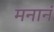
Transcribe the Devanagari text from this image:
मनानं